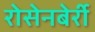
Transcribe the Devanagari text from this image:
रोसेनबेर्री